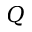
Q